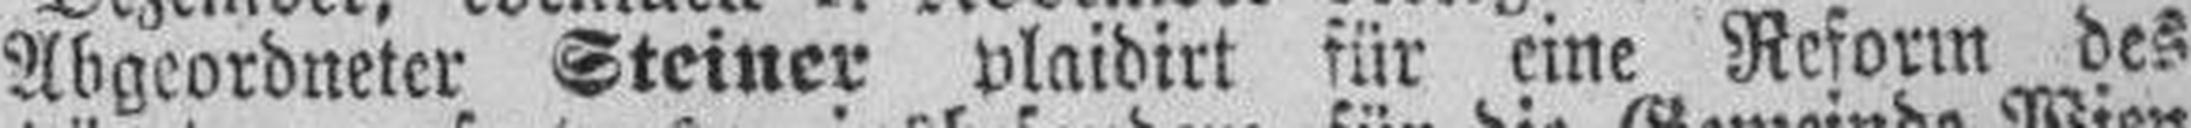
Abgeordneter Steiner plaidirt für eine Reform des